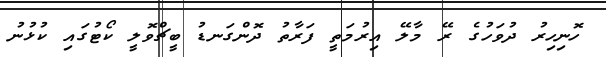
ހޮނިހިރު ދުވަހުގެ ރޭ މާލޭ އިރުމަތީ ފަރާތު ދޮންގަނޑު ބީޗްވޮލީ ކޯޓުގައި ކުޅުނު